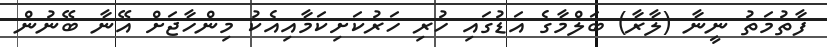
ފާތުމަތު ނީނާ (ލާރާ) ބަލްމާގެ އަޑުގައި ހުރި ހަރުކަށިކަމާއިއެކު މިންހާޖަށް އޭނާ ބޭނުން